Annual report on the lock hospitals of the Madras Presidency
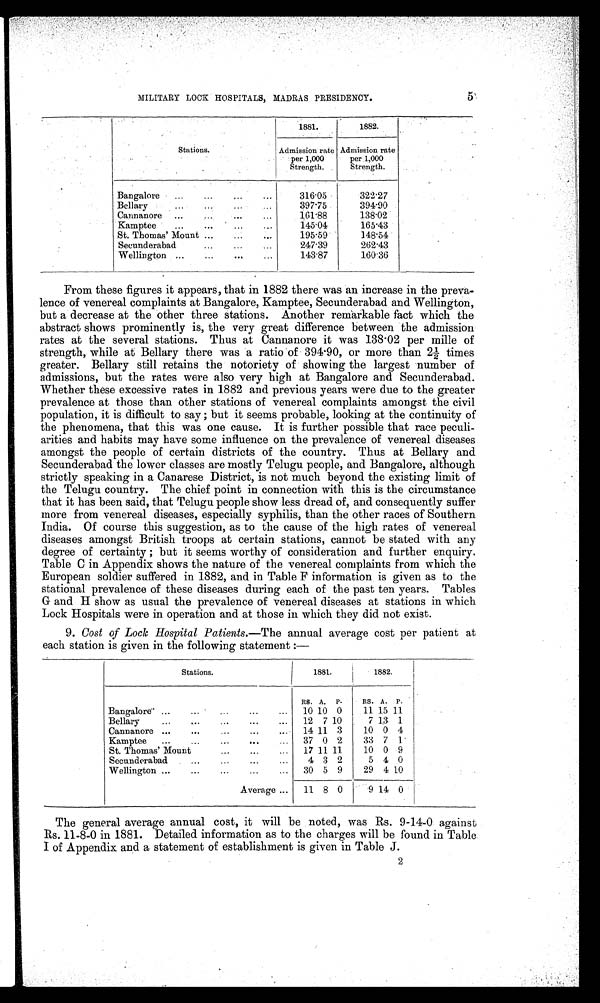
5
MILITARY LOCK HOSPITALS, MADRAS PRESIDENCY.
Stations.
1881.
1882.
Admission rate
per 1,000
Strength.
Admission rate
per 1,000
Strength.
Bangalore
316.05
322.27
Bellary
397.75
394.90
Cannanore
161.88
138.02
Kamptee..
...
...
...
145.04
165.43
St. Thomas' Mount ...
195.59
148.54
Secunderabad...
...
...
2 4 7 . 3 9
262.43
Wellington ...
...
...
143.87
160.36
From these figures it appears, that in 1882 there was an increase in the preva-
lence of venereal complaints at Bangalore, Kamptee, Secunderabad and Wellington,
but a decrease at the other three stations. Another remarkable fact which the
abstract shows prominently is, the very great difference between the admission
rates at the several stations. Thus at Cannanore it was 138 . 02 per mille of
strength, while at Bellary there was a ratio of 394 .90, or more than 2½ times
greater. Bellary still retains the notoriety of showing the largest number of
admissions, but the rates were also very high at Bangalore and Secunderabad.
Whether these excessive rates in 1882 and previous years were due to the greater
prevalence at those than other stations of venereal complaints amongst the civil
population, it is difficult to say ; but it seems probable, looking at the continuity of
the phenomena, that this was one cause. It is further possible that race peculi-
arities and habits may have some influence on the prevalence of venereal diseases
amongst the people of certain districts of the country. Thus at Bellary and
Secunderabad the lower classes are mostly Telugu people, and Bangalore, although
strictly speaking in a Canarese District, is not much beyond the existing limit of
the Telugu country. The chief point in connection with this is the circumstance
that it has been said, that Telugu people show less dread of, and consequently suffer
more from venereal diseases, especially syphilis, than the other races of Southern
India. Of course this suggestion, as to the cause of the high rates of venereal
diseases amongst British troops at certain stations, cannot be stated with any
degree of certainty ; but it seems worthy of consideration and further enquiry.
Table C in Appendix shows the nature of the venereal complaints from which the
European soldier suffered in 1882, and in Table F information is given as to the
stational prevalence of these diseases during each of the past ten years. Tables
G and H show as usual the prevalence of venereal diseases at stations in which
Lock Hospitals were in operation and at those in which they did not exist.
9. Cost of Lock Hospital Patients.— The annual average cost per patient at
each station is given in the following statement :—
Stations.
1881.
1882.
Bangalore...
...
...
...
...
RS.
10
A.
10
P.
0
RS.
11
A.
15
P.
11
Bellary
...
...
...
12 7 10
7 13 1
Cannanore ...
...
...
...
...
14 11 3
10 0 4
Kamptee
...
...
...
...
37 0 2
33 7
1
St. Thomas' Mount
...
...
...
17 11 11
10 0 9
Secunderabad
... ...
4 3 2
5 4 0
Wellington ...
...
...
...
...
30 5 9
29 4 10
Average ...
11 8 0
9 14 0
The general average annual cost, it will be noted, was Rs. 9-14-0 against
Rs. 11-8-0 in 1881. Detailed information as to the charges will be found in Table.
I of Appendix and a statement of establishment is given in Table J.
2
2